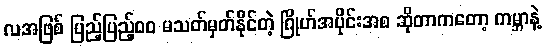
လအဖြစ် ပြည့်ပြည့်၀၀ မသတ်မှတ်နိုင်တဲ့ ဂြိုဟ်အပိုင်းအစ ဆိုတာကတော့ ကမ္ဘာနဲ့